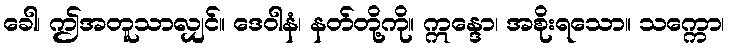
ခေါ၊ ဤအတူသာလျှင်။ ဒေဝါနံ၊ နတ်တို့ကို။ ဣန္ဒော၊ အစိုးရသော။ သက္ကော၊